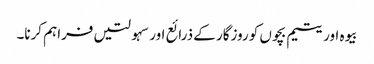
بیوہ اور یتیم بچوں کو روزگار کے ذرائع اور سہولتیں فراہم کرنا۔